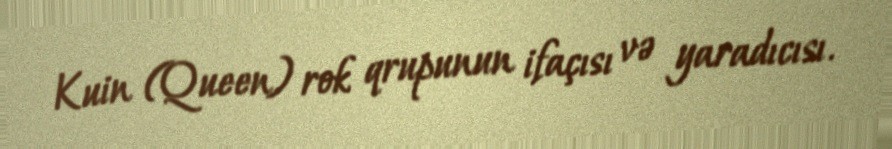
Kuin (Queen) rok qrupunun ifaçısı və yaradıcısı.